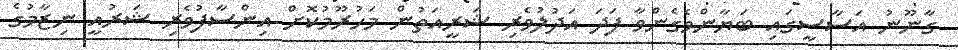
ގާނޫނު އަސާސީގައި ބަޔާންވެގެންވާ ފަދަ އަދުލުވެރި ޝަރީއަތުން މަހުރޫމުކޮށް އިންސާފުވެރި ޝަރުއީ ނިޒާމުގެ